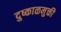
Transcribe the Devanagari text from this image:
दुष्काळमुक्ती